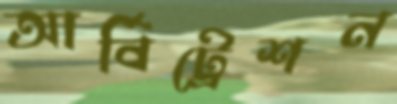
আর্বিট্রেশন